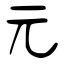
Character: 元